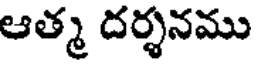
ఆత్మ దర్శనము